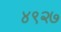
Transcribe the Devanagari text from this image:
४९२७